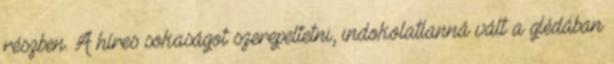
részben. A híres sokaságot szerepeltetni, indokolatlanná vált a glédában